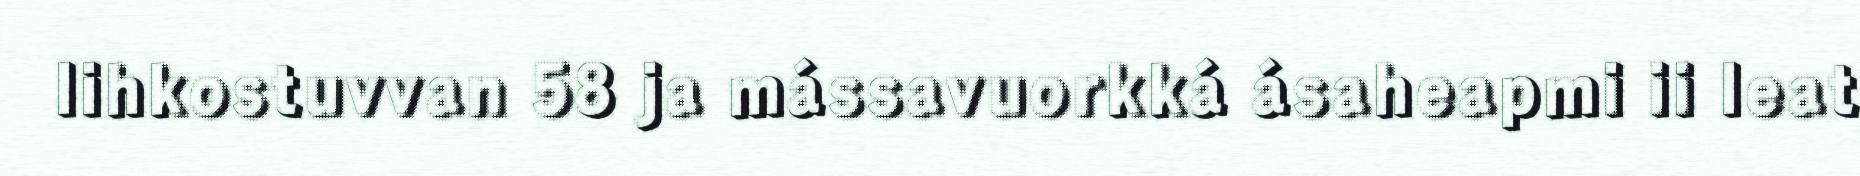
lihkostuvvan 58 ja mássavuorkká ásaheapmi ii leat